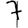
Digit: 7